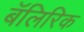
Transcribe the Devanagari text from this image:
बॅलिरिक